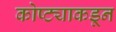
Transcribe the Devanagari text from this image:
कोष्ट्याकडून